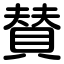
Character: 賛